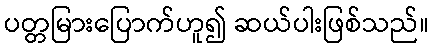
ပတ္တမြားပြောက်ဟူ၍ ဆယ်ပါးဖြစ်သည်။